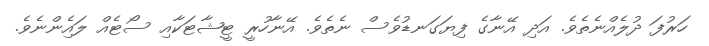
ހަރުފަ ދުލެއްނެތެވެ. އަދި އޭނާގެ ފިޔަގަނޑުވެސް ނެތެވެ. އޭނާހުރީ ޓީޝާޓަކާއި ސޯޓެއް ލައިެންނެވެ.